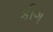
કીગ